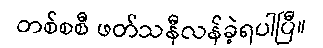
တစ်စစီ ဖတ်သနီလန်ခဲ့ရပါပြီ။